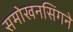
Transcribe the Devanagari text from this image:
समोखनसिंगने